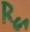
Text: RG1